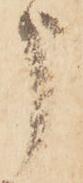
う